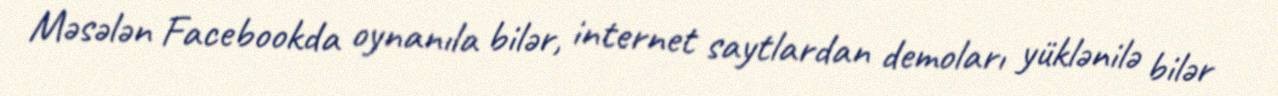
Məsələn Facebookda oynanıla bilər, internet saytlardan demoları yüklənilə bilər